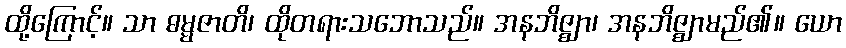
ထို့ကြောင့်။ သာ ဓမ္မဇာတိ၊ ထိုတရားသဘောသည်။ အနဘိဇ္ဈာ၊ အနဘိဇ္ဈာမည်၏။ ယော